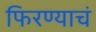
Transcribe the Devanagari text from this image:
फिरण्याचं